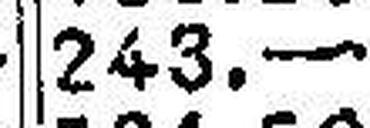
243.—